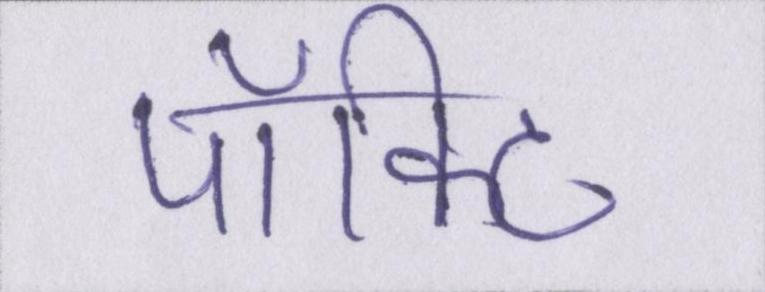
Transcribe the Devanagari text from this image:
पॉकिट